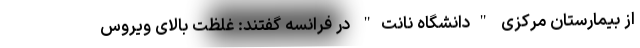
از بیمارستان مرکزی "دانشگاه نانت" در فرانسه گفتند: غلظت بالای ویروس